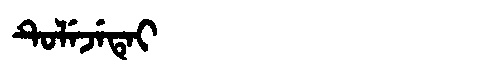
Manchu: ᡨᡠᠯᡝᠵᡝᡨᡝᡳ
Romanization: TULEJETEI